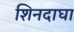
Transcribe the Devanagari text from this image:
शिनदाघा